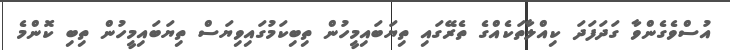
އުސްވެގެންވާ ގަދަފަދަ ކިއްލާތަކެއްގެ ތެރޭގައި ތިޔަބައިމީހުން ތިބިކަމުގައިވިޔަސް ތިޔަބައިމީހުން ތިބި ކޮންމެ